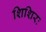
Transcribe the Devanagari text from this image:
शिशिरः